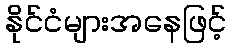
နိုင်ငံများအနေဖြင့်